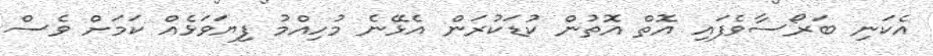
އެކަނި ބަރޯސާވެފައި އޮތް އޮތުން ކުޑަކުރަން އެޅޭނެ މުހިއްމު ފިޔަވަޅެއް ކަމަށް ވެސް